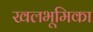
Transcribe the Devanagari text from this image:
खलभूमिका